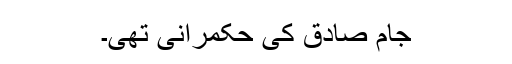
جام صادق کی حکمرانی تھی۔